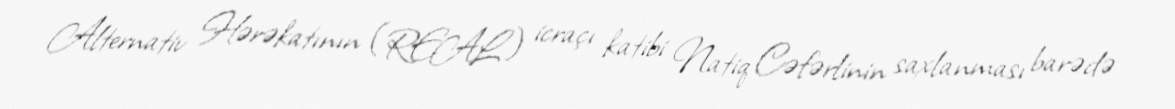
Alternativ Hərəkatının (REAL) icraçı katibi Natiq Cəfərlinin saxlanması barədə